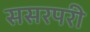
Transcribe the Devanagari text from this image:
ससरपरी